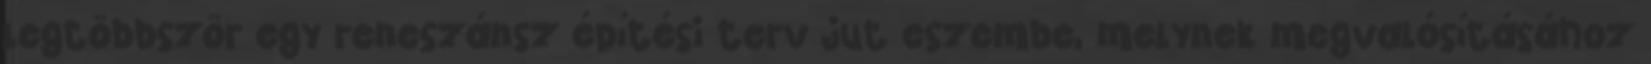
legtöbbször egy reneszánsz építési terv jut eszembe, melynek megvalósításához